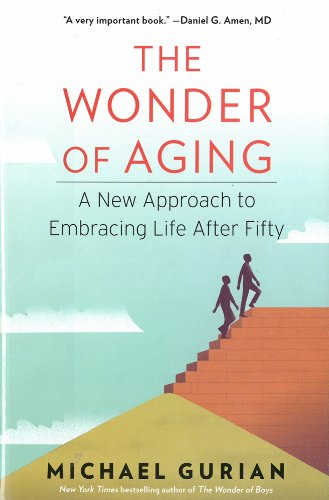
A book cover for The Wonder of Aging: A New Approach to Embracing Life After Fifty; Michael Gurian; Health, Fitness & Dieting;